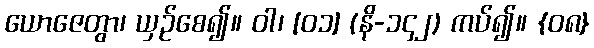
ယောဇေတွာ၊ ယှဉ်စေ၍။ ဝါ၊ [၀၁] (နိ-၁၄၂) ကပ်၍။ {၀၈}